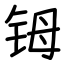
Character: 𬭁